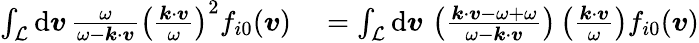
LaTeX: \begin{array}{rl}{\int_{\mathcal{L}}\mathrm{d}\boldsymbol{v}\, \frac{\omega}{\omega-\boldsymbol{k}\cdot\boldsymbol{v}}\left(\frac{\boldsymbol{k}\cdot\boldsymbol{v}}{\omega}\right)^{2}f_{i0}(\boldsymbol{v})}&{{}=\int_{\mathcal{L}}\mathrm{d}\boldsymbol{v}\, \left(\frac{\boldsymbol{k}\cdot\boldsymbol{v}-\omega+\omega}{\omega-\boldsymbol{k}\cdot\boldsymbol{v}}\right)\left(\frac{\boldsymbol{k}\cdot\boldsymbol{v}}{\omega}\right)f_{i0}(\boldsymbol{v})}\end{array}